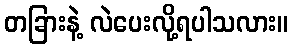
တခြားနဲ့ လဲပေးလို့ရပါသလား။